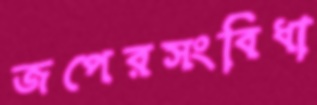
জপেরসংবিধা